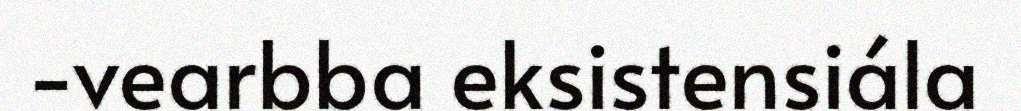
-vearbba eksistensiála